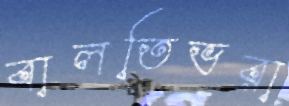
বালতিভরা